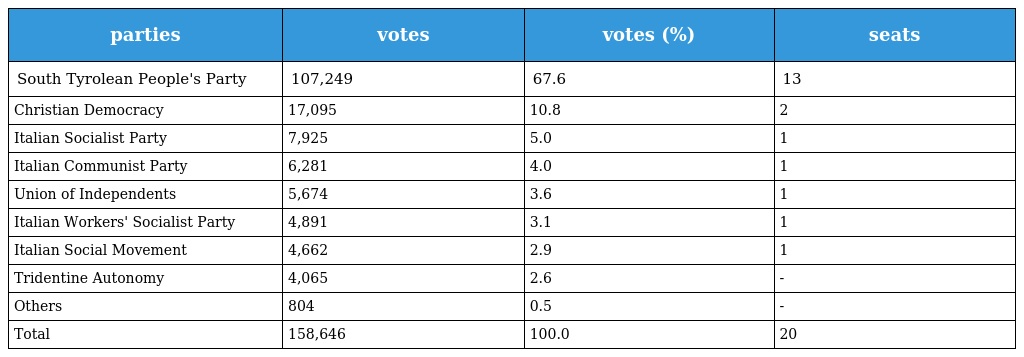
| parties | votes | votes (%) | seats |
 | --- | --- | --- | --- |
 | South Tyrolean People's Party | 107,249 | 67.6 | 13 |
 | Christian Democracy | 17,095 | 10.8 | 2 |
 | Italian Socialist Party | 7,925 | 5.0 | 1 |
 | Italian Communist Party | 6,281 | 4.0 | 1 |
 | Union of Independents | 5,674 | 3.6 | 1 |
 | Italian Workers' Socialist Party | 4,891 | 3.1 | 1 |
 | Italian Social Movement | 4,662 | 2.9 | 1 |
 | Tridentine Autonomy | 4,065 | 2.6 | - |
 | Others | 804 | 0.5 | - |
 | Total | 158,646 | 100.0 | 20 |